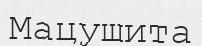
Мацушита